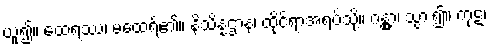
ယူ၍။ ထေရဿ၊ မထေရ်၏။ နိသိန္နဌာနံ၊ ထိုင်ရာအရပ်သို့။ ဂန္တွာ၊ သွား၍။ ကုဋံ၊